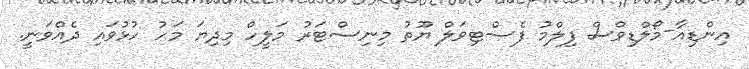
އިންޑިއާ-މޯލްޑިވްސް ފިލްމު ފެސްޓިވަލް ޔޫތު މިނިސްޓަރު މަލީހް މިދިޔަ މަހު ހުޅުވައި ދެއްވަނީ.